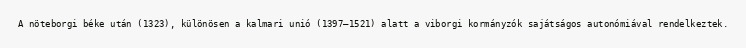
A nöteborgi béke után (1323), különösen a kalmari unió (1397–1521) alatt a viborgi kormányzók sajátságos autonómiával rendelkeztek.